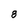
Character: 8